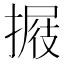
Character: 𢲈